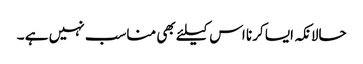
حالانکہ ایسا کرنا اس کیلئے بھی مناسب نہیں ہے ۔